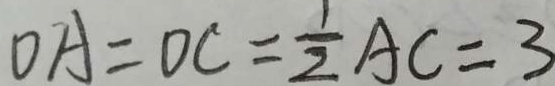
O A = O C = \frac { 1 } { 2 } A C = 3